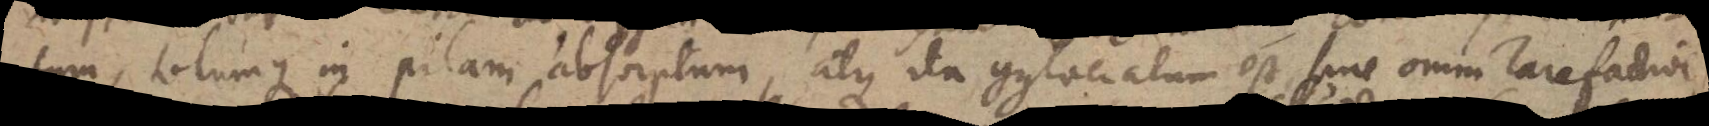
tum, totumque in pilam absorptum, atque ita conglaciatum est, sine omni rarefactione,